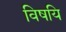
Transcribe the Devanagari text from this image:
विषयि